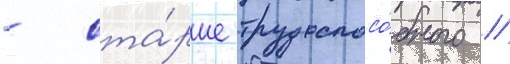
- ста́рше трудоспосо́бного //